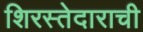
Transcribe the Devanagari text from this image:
शिरस्तेदाराची